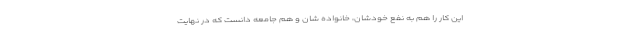
این کار را هم به نفع خودشان، خانواده شان و هم جامعه دانست که در نهایت